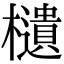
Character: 𣟧